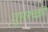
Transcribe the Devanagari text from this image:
घुमश्च्क्री